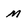
Character: m